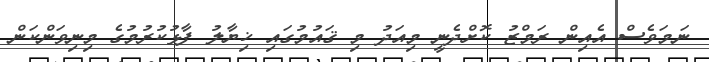
ނަމަވެސް އެއިން ރަމްޒު ކޮށްދެނީ މިއަދު މި ޤައުމުގައި ޚިޔާލު ފާޅުކުރުމުގެ މިނިވަންކަން